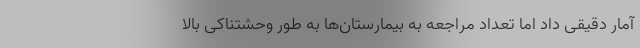
آمار دقیقی داد اما تعداد مراجعه به بیمارستان‌ها به‌ طور وحشتناکی بالا